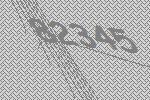
82345